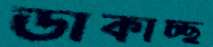
ডাকাচ্ছ